Indian journal of veterinary science and animal husbandry - Volume 13,
Year: 1943
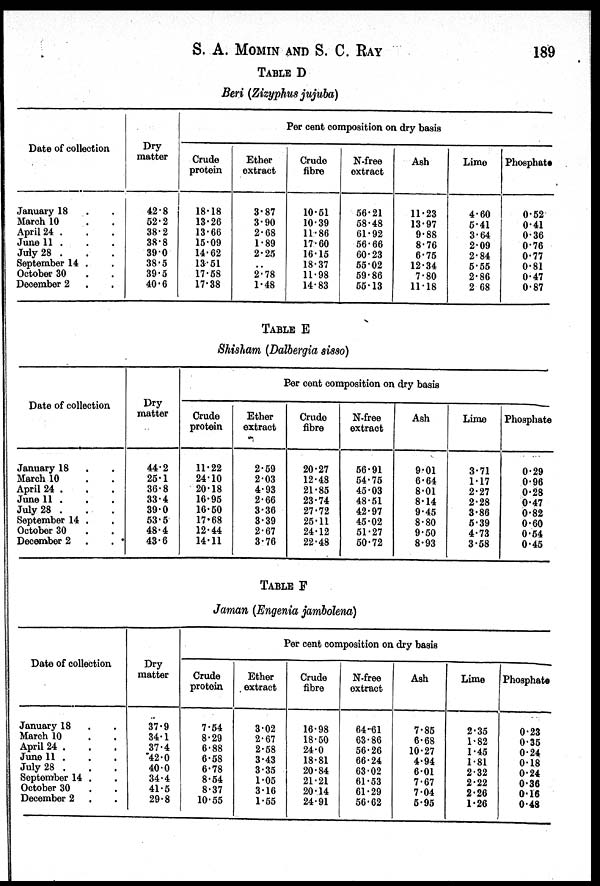
S. A. MOMIN AND S. C. RAY 189
TABLE D
Beri (Zizyphus jujuba)
Date of collection
January 18 . .
March 10 . .
April 24 . . .
June 11 . . .
July 28 . . .
September 14 . .
October 30 . .
December 2 . .
Dry
matter
42.8
52.2
38.2
38.8
39.0
38.5
39.5
40.6
Crude
protein
18.18
13.26
13.66
15.09
14.62
13.51
17.58
17.38
Ether
extract
3.87
3.90
2.68
1.89
2.25
..
2.78
1.48
Per cent composition on dry basis
Crude
fibre
10.51
10.39
11.86
17.60
16.15
18.37
11.98
14.83
N-free
extract
56.21
58.48
61.92
56.66
60.23
55.02
59.86
55.13
Ash
11.23
13.97
9.88
8.76
6.75
12.34
7.80
11.18
Lime
4.60
5.41
3.64
2.09
2.84
5.55
2.86
2.68
Phosphate
0.52
0.41
0.36
0.76
0.77
0.81
0.47
0.87
TABLE E
Shisham (Dalbergia sisso)
Date of collection
January 18 . .
March 10 . .
April 24 . . .
June 11 . . .
July 28 . . .
September 14 . .
October 30 . .
December 2 . .
Dry
matter
44.2
25.1
36.8
33.4
39.0
53.5
48.4
43.6
Crude
protein
11.22
24.10
20.18
16.95
16.50
17.68
12.44
14.11
Per cent composition on dry basis
Ether
extract
2.59
2.03
4.93
2.66
3.36
3.39
2.67
3.76
Crude
fibre
20.27
12.48
21.85
23.74
27.72
25.11
24.12
22.48
N-free
extract
56.91
54.75
45.03
48.51
42.97
45.02
51.27
50.72
Ash
9.01
6.64
8.01
8.14
9.45
8.80
9.50
8.93
Lime
3.71
1.17
2.27
2.28
3.86
5.39
4.73
3.58
Phosphate
0.29
0.96
0.28
0.47
0.82
0.60
0.54
0.45
TABLE F
Jaman (Engenia jambolena)
Date of collection
January 18 . .
March 10 . .
April 24 . . .
June 11 . . .
July 28 . . .
September 14 . .
October 30 . .
December 2 . .
Dry
matter
37.9
34.1
37.4
42.0
40.0
34.4
41.5
29.8
Crude
protein
7.54
8.29
6.88
6.58
6.78
8.54
8.37
10.55
Per cent composition on dry basis
Ether
extract
3.02
2.67
2.58
3.43
3.35
1.05
3.16
1.55
Crude
fibre
16.98
18.50
24.0
18.81
20.84
21.21
20.14
24.91
N-free
extract
64.61
63.86
56.26
66.24
63.02
61.53
61.29
56.62
Ash
7.85
6.68
10.27
4.94
6.01
7.67
7.04
5.95
Lime
2.35
1.82
1.45
1.81
2.32
2.22
2.26
1.26
Phosphate
0.23
0.35
0.24
0.18
0.24
0.36
0.16
0.48